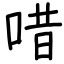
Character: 唶